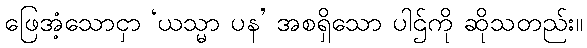
ဖြေအံ့သောငှာ ‘ယသ္မာ ပန’ အစရှိသော ပါဌ်ကို ဆိုသတည်း။